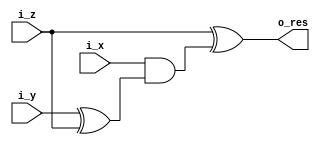
`timescale 1ns/1ps

`ifdef XOR_REPLACED_BY_OR
	`define OR_XOR 7
module ch (i_x, i_y, i_z, o_res);

	input [31:0] i_x, i_y, i_z;
	output [31:0] o_res;

	assign o_res = i_z | (i_x & (i_y | i_z));

endmodule

`else

module ch (i_x, i_y, i_z, o_res);

	input [31:0] i_x, i_y, i_z;
	output [31:0] o_res;

	assign o_res = i_z ^ (i_x & (i_y ^ i_z));

endmodule

`endif

module maj (i_x, i_y, i_z, o_res);

	input [31:0] i_x, i_y, i_z;
	output [31:0] o_res;

	assign o_res = (i_x & i_y) | (i_z & (i_x | i_y));

endmodule

module sum0 (i_x, o_res);

	input [31:0] i_x;
	output [31:0] o_res;

	assign o_res = {i_x[1:0],i_x[31:2]} ^ {i_x[12:0],i_x[31:13]} ^ {i_x[21:0],i_x[31:22]};

endmodule


module sum1 (i_x, o_res);

	input [31:0] i_x;
	output [31:0] o_res;

	assign o_res = {i_x[5:0],i_x[31:6]} ^ {i_x[10:0],i_x[31:11]} ^ {i_x[24:0],i_x[31:25]};

endmodule

module sigm0 (i_x, o_res);

	input [31:0] i_x;
	output [31:0] o_res;

	assign o_res[31:29] = i_x[6:4] ^ i_x[17:15];
	assign o_res[28:0] = {i_x[3:0], i_x[31:7]} ^ {i_x[14:0],i_x[31:18]} ^ i_x[31:3];

endmodule

module sigm1 (i_x, o_res);

	input [31:0] i_x;
	output [31:0] o_res;

	assign o_res[31:22] = i_x[16:7] ^ i_x[18:9];
	assign o_res[21:0] = {i_x[6:0],i_x[31:17]} ^ {i_x[8:0],i_x[31:19]} ^ i_x[31:10];

endmodule